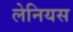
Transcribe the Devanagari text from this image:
लेनियस